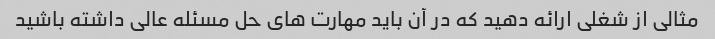
مثالی از شغلی ارائه دهید که در آن باید مهارت های حل مسئله عالی داشته باشید